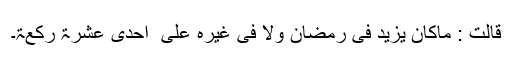
قالت : ماکان یزید فی رمضان ولا فی غیرہ علی ٰ احدیٰ عشرۃ رکعۃ۔